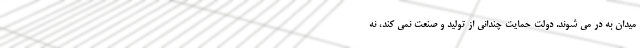
میدان به در می شوند. دولت حمایت چندانی از تولید و صنعت نمی کند، نه